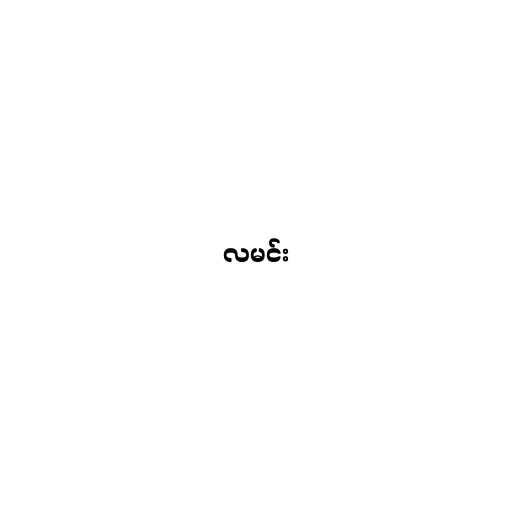
လမင်း